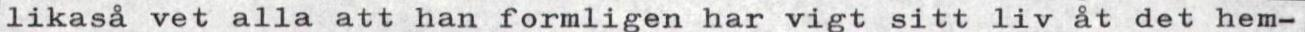
likaså vet alla att han formligen har vigt sitt liv åt det hem-